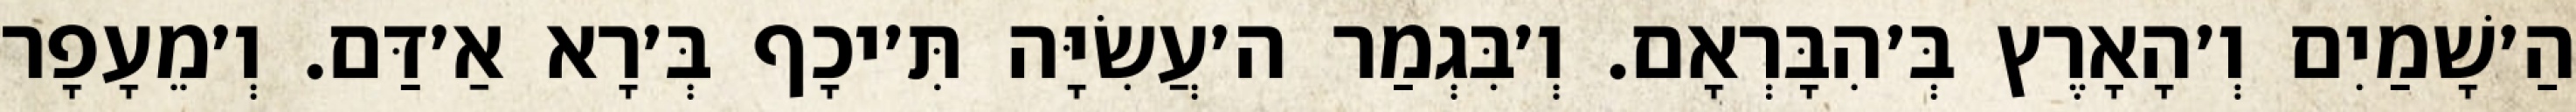
הַ׳שָׁמַיִם וְ׳הָאָרֶץ בְּ׳הִבָּרְאָם. וְ׳בִּגְמַר ה׳עֲשִׂיָּה תִּ׳יכָף בְּ׳רָא אַ׳דַּם. וְ׳מֵעָפָר